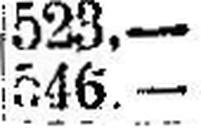
546.—